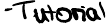
-Tutorial